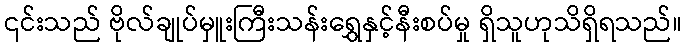
၎င်းသည် ဗိုလ်ချုပ်မှူးကြီးသန်းရွှေနှင့်နီးစပ်မှု ရှိသူဟုသိရှိရသည်။